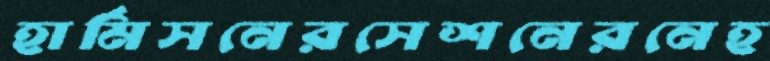
হার্মিসনেরসেশনেরনেহ